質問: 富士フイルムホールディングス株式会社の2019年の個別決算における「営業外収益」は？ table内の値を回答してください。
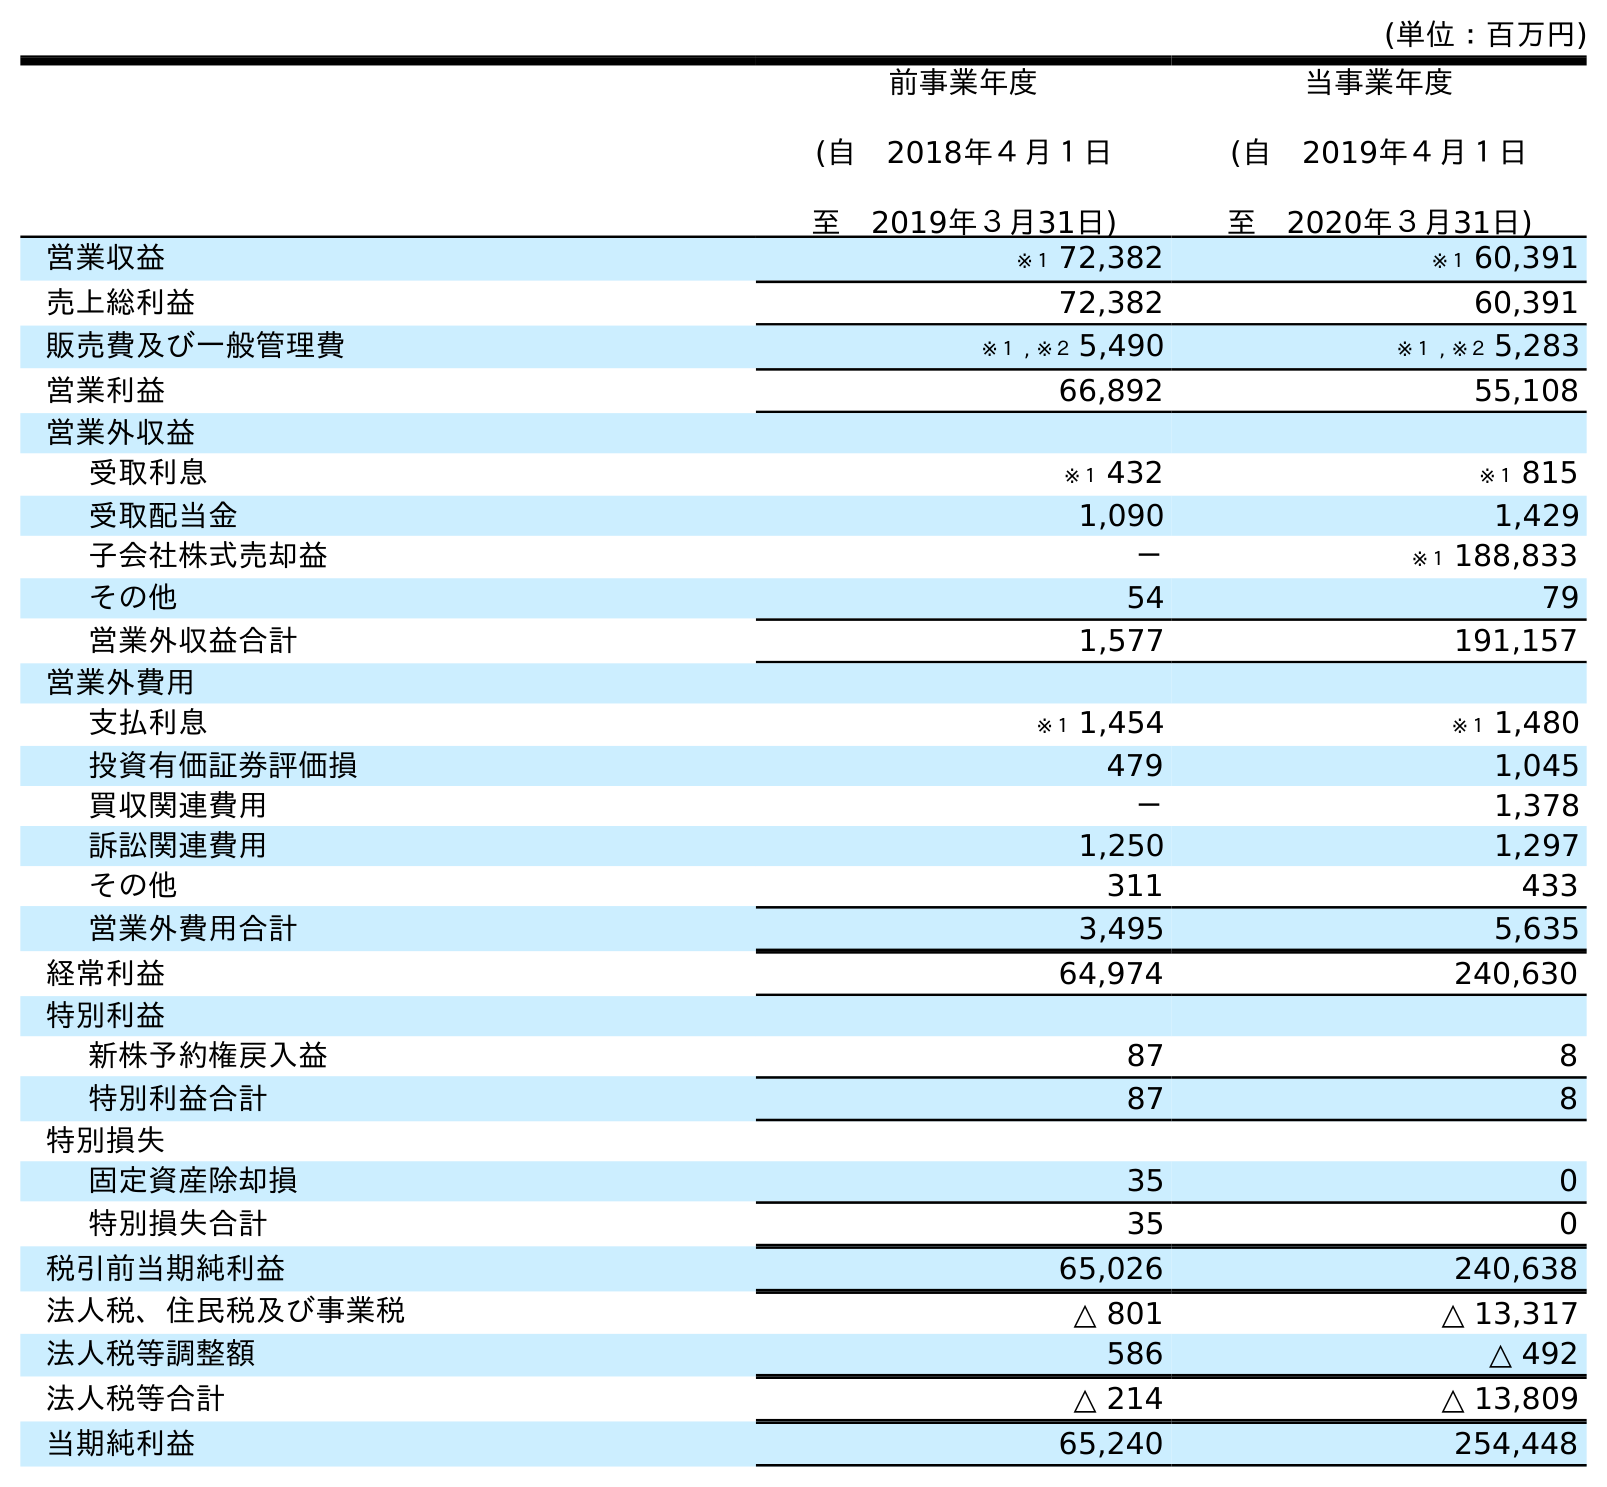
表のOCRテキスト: (単位：百万円) 前事業年度 (自 2018年４月１日 至 2019年３月31日) 当事業年度 (自 2019年４月１日 至 2020年３月31日) 営業収益 ※１ 72,382 ※１ 60,391 売上総利益 72,382 60,391 販売費及び一般管理費 ※１ , ※２ 5,490 ※１ , ※２ 5,283 営業利益 66,892 55,108 営業外収益 受取利息 ※１ 432 ※１ 815 受取配当金 1,090 1,429 子会社株式売却益 － ※１ 188,833 その他 54 79 営業外収益合計 1,577 191,157 営業外費用 支払利息 ※１ 1,454 ※１ 1,480 投資有価証券評価損 479 1,045 買収関連費用 － 1,378 訴訟関連費用 1,250 1,297 その他 311 433 営業外費用合計 3,495 5,635 経常利益 64,974 240,630 特別利益 新株予約権戻入益 87 8 特別利益合計 87 8 特別損失 固定資産除却損 35 0 特別損失合計 35 0 税引前当期純利益 65,026 240,638 法人税、住民税及び事業税 △ 801 △ 13,317 法人税等調整額 586 △ 492 法人税等合計 △ 214 △ 13,809 当期純利益 65,240 254,448
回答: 1,577